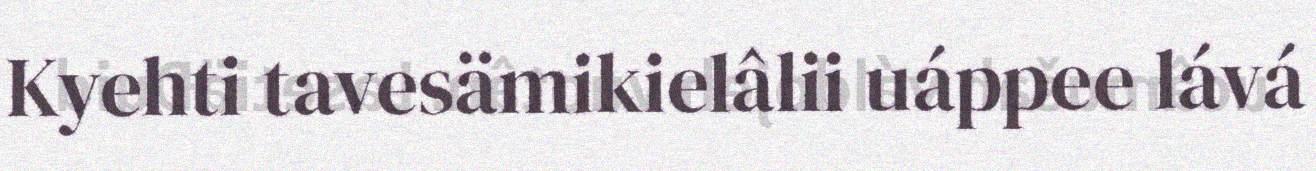
Kyehti tavesämikielâlii uáppee lává